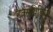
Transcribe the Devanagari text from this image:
एक्सपिडिया